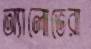
অ্যালোভেরা